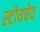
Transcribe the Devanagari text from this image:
स्टोयचेव